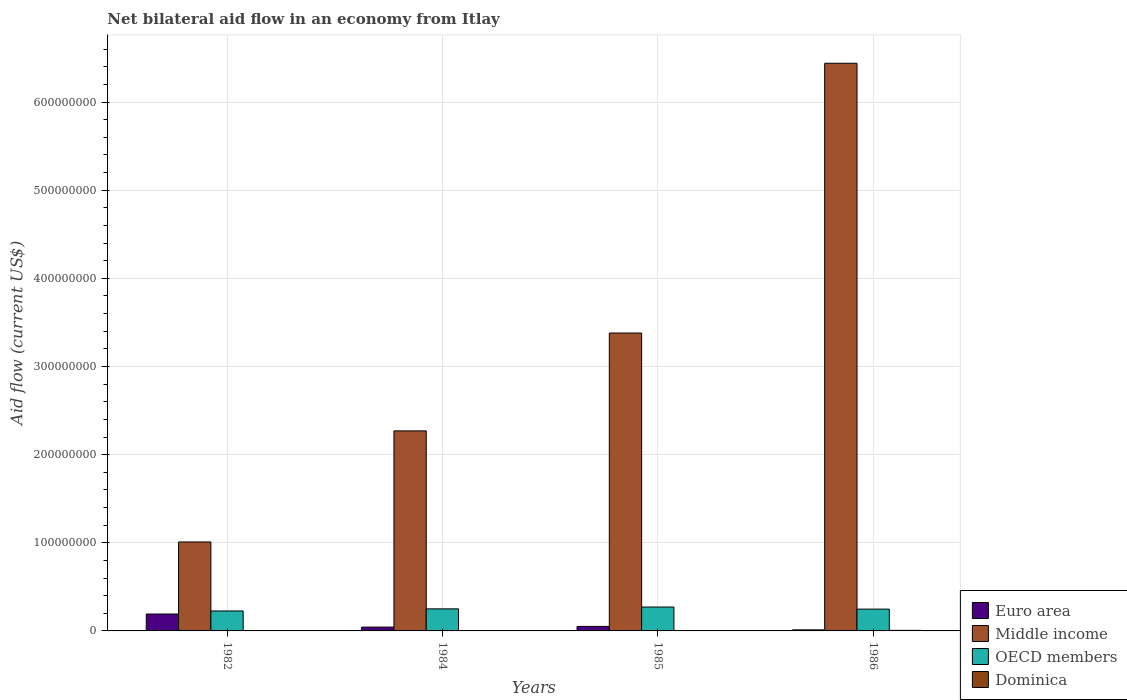
| Years | Euro area | Middle income | OECD members | Dominica |
 | --- | --- | --- | --- | --- |
 | 1982 | 1.92e+07 | 1.01e+08 | 2.26e+07 | 3e+04 |
 | 1984 | 4.33e+06 | 2.27e+08 | 2.5e+07 | 1.3e+05 |
 | 1985 | 5.11e+06 | 3.38e+08 | 2.71e+07 | 4e+04 |
 | 1986 | 1.22e+06 | 6.44e+08 | 2.47e+07 | 6.4e+05 |